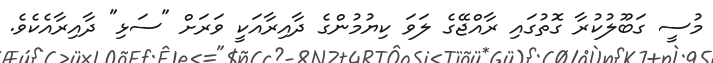
މުސީ ގަބޫލުކުރާ ގޮތުގައި ރާއްޖޭގެ ލަވަ ކިޔުމުންގެ ދާއިރާއަކީ ވަރަށް "ސަޅި" ދާއިރާއެކެވެ.